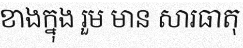
ខាងក្នុង រួម មាន សារធាតុ